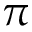
\pi